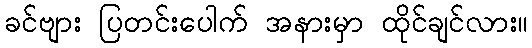
ခင်ဗျား ပြတင်းပေါက် အနားမှာ ထိုင်ချင်လား။